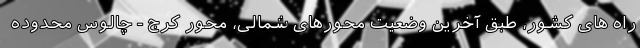
راه های کشور، طبق آخرین وضعیت محورهای شمالی، محور کرج - چالوس محدوده